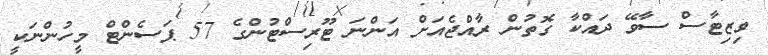
ވިޒިޓާސް ސާވޭ ދައްކާ ގޮތުން ރާއްޖެއަށް އަންނަ ޓޫރިސްޓުންގެ 57 ޕަސެންޓް މީހުންނަކީ